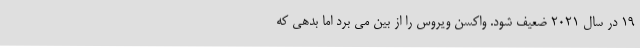
19 در سال 2021 ضعیف شود. واکسن ویروس را از بین می برد اما بدهی که